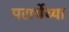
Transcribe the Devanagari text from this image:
परार्थेच्या